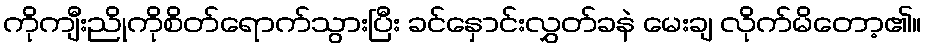
ကိုကျီးညိုကိုစိတ်ရောက်သွားပြီး ခင်နှောင်းလွှတ်ခနဲ မေးချ လိုက်မိတော့၏။